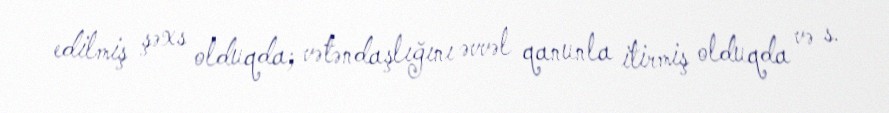
edilmiş şəxs olduqda; vətəndaşlığını əvvəl qanunla itirmiş olduqda və s.